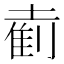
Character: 𫮘